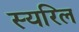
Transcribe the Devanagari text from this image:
स्यरिल